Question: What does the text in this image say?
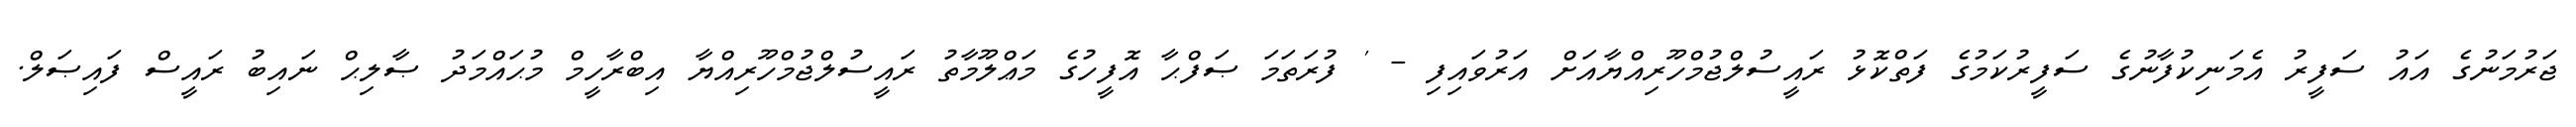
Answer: ޖަރުމަނުގެ އައު ސަފީރު އެމަނިކުފާނުގެ ސަފީރުކަމުގެ ފަތްކޮޅު ރައީސުލްޖުމްހޫރިއްޔާއަށް އަރުވައިފި - ' ފުރަތަމަ ޞަފްޙާ އޮފީހުގެ މަޢްލޫމާތު ރައީސުލްޖުމްހޫރިއްޔާ އިބްރާހީމް މުޙައްމަދު ޞާލިޙް ނައިބު ރައީސް ފައިޞަލް.